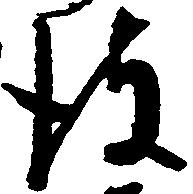
彼